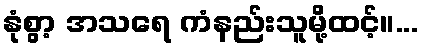
နုံစွာ့ အသရေ ကံနည်းသူမို့ထင့်။...